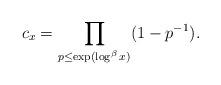
LaTeX: \begin{align*}c_x=\prod_{p\le\exp(\log^\beta x)}(1-p^{-1}).\end{align*}